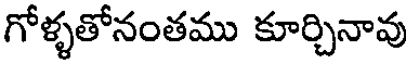
గోళ్ళతోనంతము కూర్చినావు